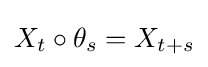
X_{t}\circ \theta _{s}=X_{t+s}